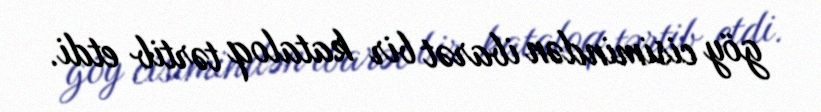
göy cisimindən ibarət bir kataloq tərtib etdi.